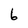
Character: 6